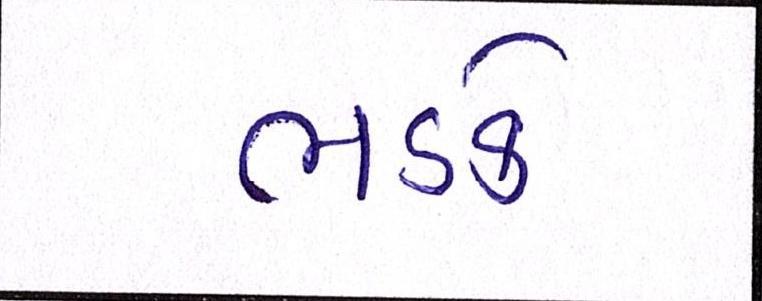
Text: ભડકે